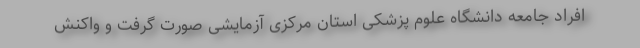
افراد جامعه دانشگاه علوم پزشکی استان مرکزی آزمایشی صورت گرفت و واکنش